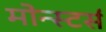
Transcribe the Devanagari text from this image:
मोन्स्टर्स